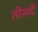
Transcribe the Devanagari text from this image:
तीसये